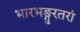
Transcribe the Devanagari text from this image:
भारभङ्गुरतरां